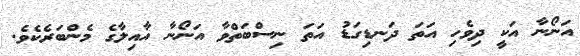
އަނޯނާ އަކީ ދިވެހި އަތަ ދަނޑިގަޑު އަތަ ނިސްބަތްވާ އަނޯނާ އާއިލާގެ މެންބަރެކެވެ.